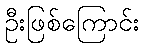
ဦးဖြစ်ကြောင်း